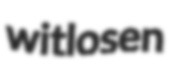
witlosen